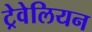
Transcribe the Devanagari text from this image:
ट्रेवेलियन